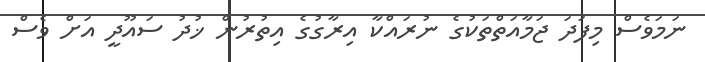
ނަމަވެސް މިފަދަ ޖަމާއަތްތަކުގެ ނުރައްކާ އިރާގުގެ އިތުރުން ޚުދު ސައޫދީ އަށް ވެސް